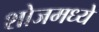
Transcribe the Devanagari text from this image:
शोजमध्ये